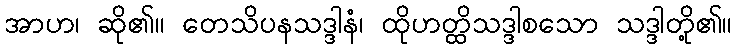
အာဟ၊ ဆို၏။ တေသိပနသဒ္ဒါနံ၊ ထိုဟတ္ထိသဒ္ဒါစသော သဒ္ဒါတို့၏။